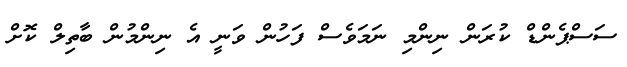
ސަސްޕެންޑް ކުރަން ނިންމި ނަމަވެސް ފަހުން ވަނީ އެ ނިންމުން ބާތިލް ކޮށް